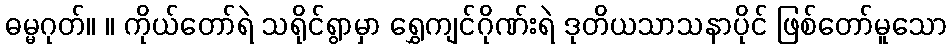
ဓမ္မဂုတ်။ ။ ကိုယ်တော်ရဲ သရိုင်ရွာမှာ ရွှေကျင်ဂိုဏ်းရဲ ဒုတိယသာသနာပိုင် ဖြစ်တော်မူသော